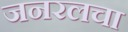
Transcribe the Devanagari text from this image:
जनरलचा